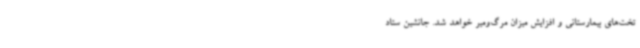
تخت‌های بیمارستانی و افزایش میزان مرگ‌ومیر خواهد شد. جانشین ستاد